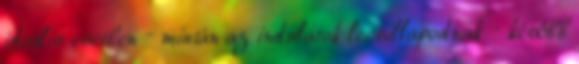
ideális esetben – miután az indulatok lecsillapodnak – később